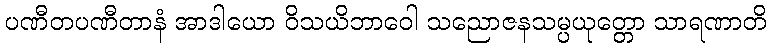
ပဏီတပဏီတာနံ အာဒါယော ဝိသယိဘာဝေါ သညောဇနသမ္ပယုတ္တော သာရဏာတိ